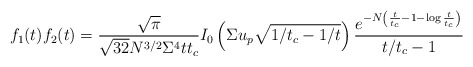
\begin{align*} f_1(t)f_2(t)=\frac{\sqrt{\pi}}{\sqrt{32}N^{3/2}\Sigma^4tt_c} I_0\left(\Sigma u_p\sqrt{1/t_c-1/t}\right) \frac{e^{-N\left(\frac{t}{t_c}-1-\log\frac{t}{t_c}\right)}}{t/t_c-1}\end{align*}